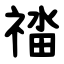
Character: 䄕